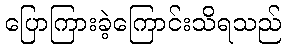
ပြောကြားခဲ့ကြောင်းသိရသည်